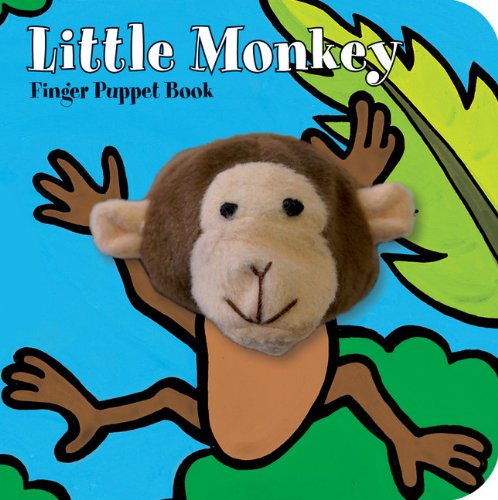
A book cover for Little Monkey: Finger Puppet Book (Little Finger Puppet Board Books); ImageBooks; Children's Books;